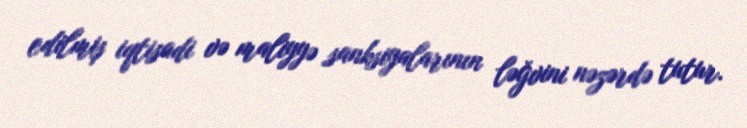
edilmiş iqtisadi və maliyyə sanksiyalarının ləğvini nəzərdə tutur.